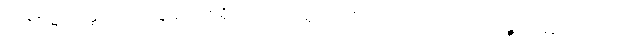
သဒ္ဒါရမ္မဏတ္ထာယ၊ သဒ္ဒါရုံ အစရှိသော အာရုံ အလို့ငှာ။ ဘဝိဿတိ၊ လတ္တံ့။ ဧတ္တကံ၊ သည်။